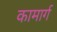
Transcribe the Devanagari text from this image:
कामार्ग